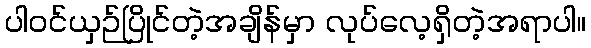
ပါဝင်ယှဉ်ပြိုင်တဲ့အချိန်မှာ လုပ်လေ့ရှိတဲ့အရာပါ။